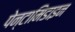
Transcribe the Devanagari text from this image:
पेन्टामिडाइन